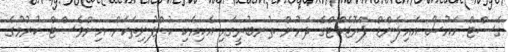
ގެސްޓް ހައުސް އައިލެންޑް ޕްރޮޖެކްޓްގެ ދަށުން ތުނބުރީގައި އެކިއެކި ކުންފުނިތަކަށް އިންވެސްޓް ކުރުމުގެ